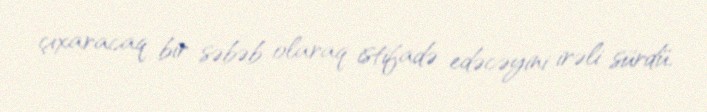
çıxaracaq bir səbəb olaraq istifadə edəcəyini irəli sürdü.